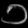
Digit: ၁